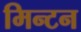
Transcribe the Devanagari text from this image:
मिन्टन